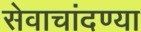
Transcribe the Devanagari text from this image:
सेवाचांदण्या